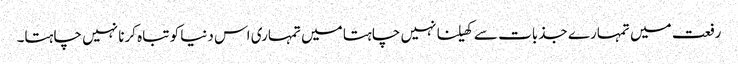
رفعت میں تمہارے جذبات سے کھیلنا نہیں چاہتا میں تمہاری اس دنیا کو تباہ کرنا نہیں چاہتا۔